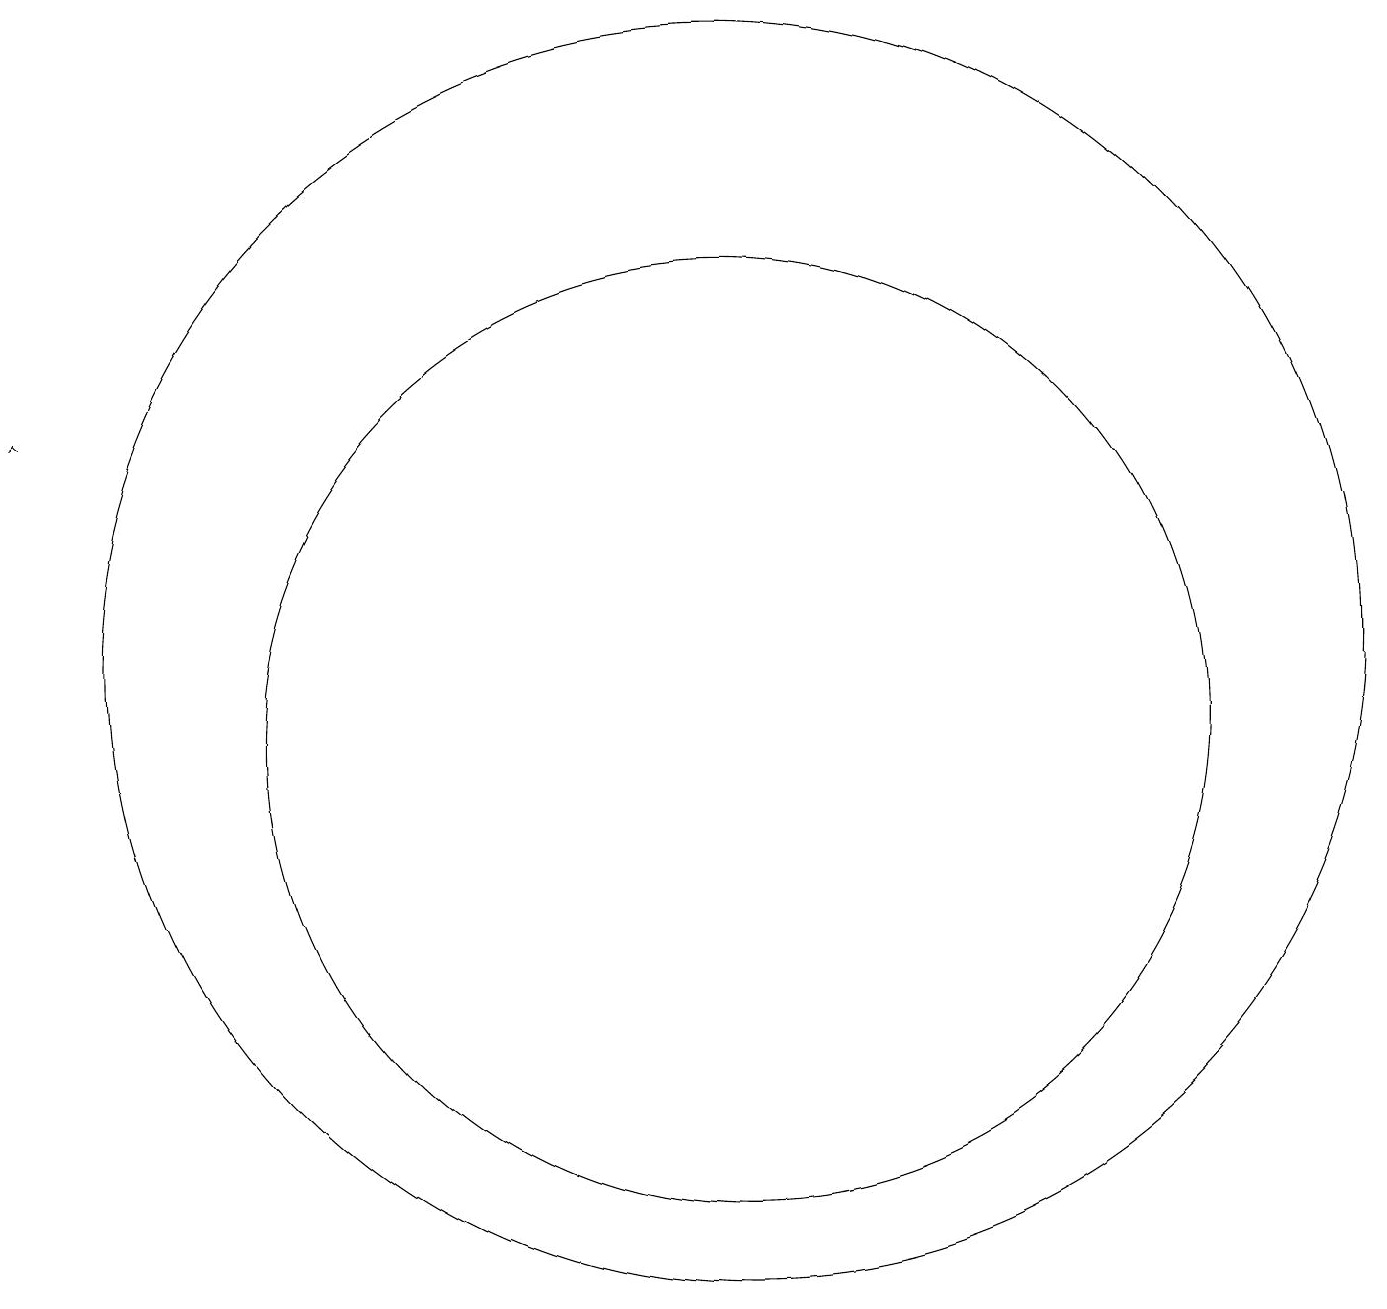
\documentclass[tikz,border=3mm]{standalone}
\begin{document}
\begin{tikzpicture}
\draw (10,10) circle (6);
\draw (10,11) circle (8);
\draw (11,10) circle (0);
\draw[->] (1,14) -- (1,14);
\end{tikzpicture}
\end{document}